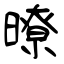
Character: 暸